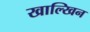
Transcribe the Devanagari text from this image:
खाल्खिन